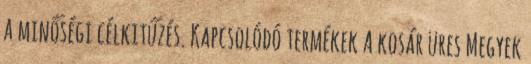
a minőségi célkitűzés. Kapcsolódó termékek A kosár üres Megyek